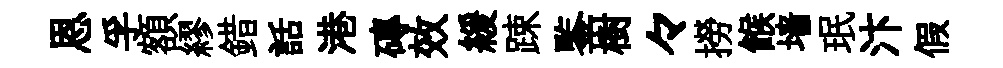
恩孚額繆錯話港磚效緩踈鍳樹々撈餱墙珉汴假